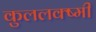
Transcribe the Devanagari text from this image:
कुललक्ष्मी